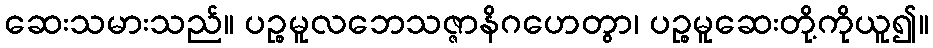
ဆေးသမားသည်။ ပဉ္စမူလဘေသဇ္ဇာနိဂဟေတွာ၊ ပဉ္စမူဆေးတို့ကိုယူ၍။